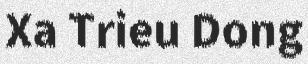
Xa Trieu Dong